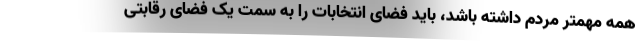
همه مهمتر مردم داشته باشد، باید فضای انتخابات را به سمت یک فضای رقابتی